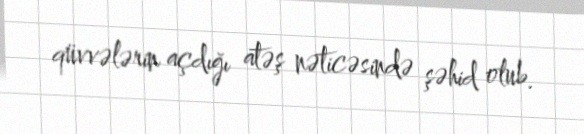
qüvvələrin açdığı atəş nəticəsində şəhid olub.